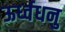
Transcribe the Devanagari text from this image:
ऊर्ध्वधनु